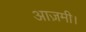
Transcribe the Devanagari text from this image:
आज़मी।